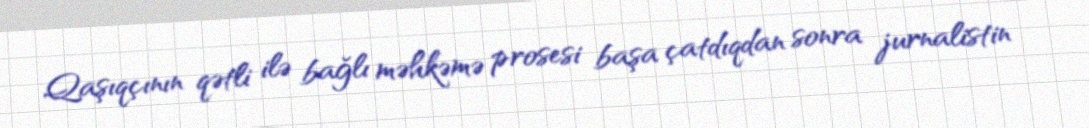
Qaşıqçının qətli ilə bağlı məhkəmə prosesi başa çatdıqdan sonra jurnalistin